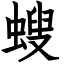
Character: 螋